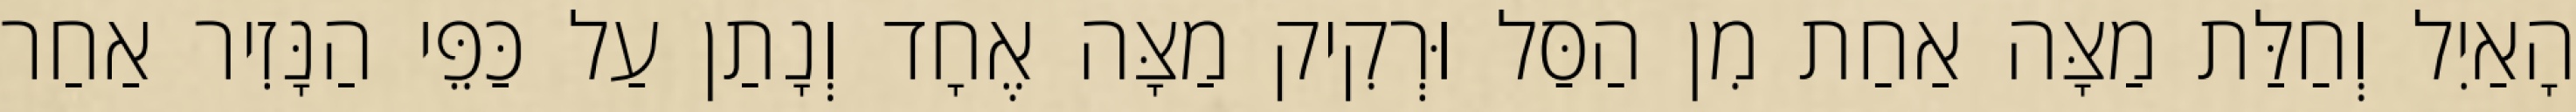
הָאַיִל וְחַלַּת מַצָּה אַחַת מִן הַסַּל וּרְקִיק מַצָּה אֶחָד וְנָתַן עַל כַּפֵּי הַנָּזִיר אַחַר